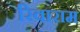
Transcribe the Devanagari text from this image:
रिवाराम